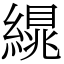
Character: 繉